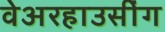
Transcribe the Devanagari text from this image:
वेअरहाउसींग